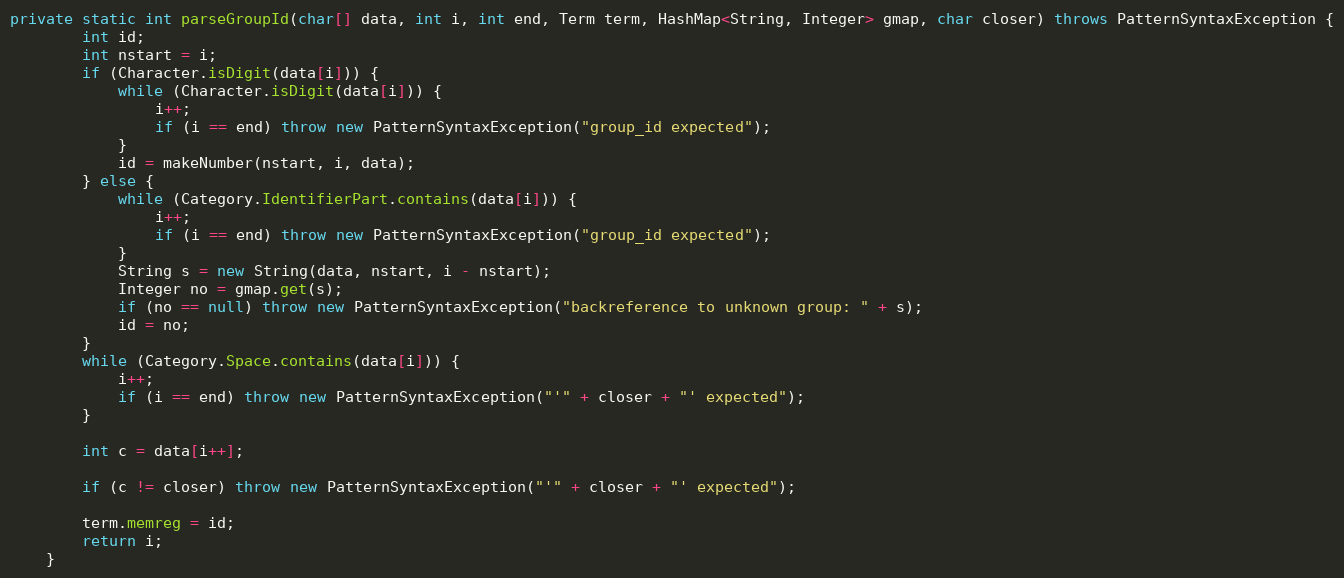
Language: Java
private static int parseGroupId(char[] data, int i, int end, Term term, HashMap<String, Integer> gmap, char closer) throws PatternSyntaxException {
        int id;
        int nstart = i;
        if (Character.isDigit(data[i])) {
            while (Character.isDigit(data[i])) {
                i++;
                if (i == end) throw new PatternSyntaxException("group_id expected");
            }
            id = makeNumber(nstart, i, data);
        } else {
            while (Category.IdentifierPart.contains(data[i])) {
                i++;
                if (i == end) throw new PatternSyntaxException("group_id expected");
            }
            String s = new String(data, nstart, i - nstart);
            Integer no = gmap.get(s);
            if (no == null) throw new PatternSyntaxException("backreference to unknown group: " + s);
            id = no;
        }
        while (Category.Space.contains(data[i])) {
            i++;
            if (i == end) throw new PatternSyntaxException("'" + closer + "' expected");
        }

        int c = data[i++];

        if (c != closer) throw new PatternSyntaxException("'" + closer + "' expected");

        term.memreg = id;
        return i;
    }